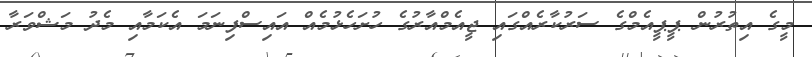
މީގެ އިތުރުން ޕީޕީއެމްގެ ސަރުކާރެއްގައި ޖީއެމްއާރުގެ ހުށަހެޅުމެއް އައިސްފިނަމަ އެކަމާއި މެދު މަޝްވަރާ